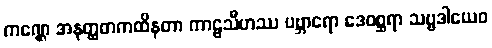
ကဏ္ဌေ အနတ္ထတကထိနတာ ကာဠသီဟဿ ပဗ္ဘာရော ဒေဝစ္ဆရာ သဗ္ဗဒါယေဝ